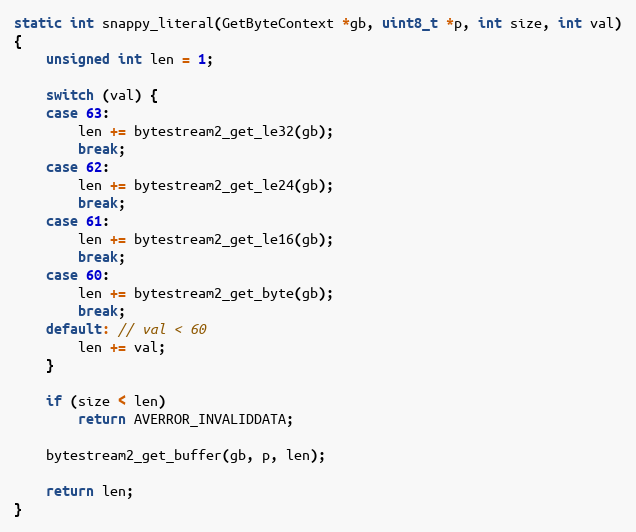
Language: C
static int snappy_literal(GetByteContext *gb, uint8_t *p, int size, int val)
{
    unsigned int len = 1;

    switch (val) {
    case 63:
        len += bytestream2_get_le32(gb);
        break;
    case 62:
        len += bytestream2_get_le24(gb);
        break;
    case 61:
        len += bytestream2_get_le16(gb);
        break;
    case 60:
        len += bytestream2_get_byte(gb);
        break;
    default: // val < 60
        len += val;
    }

    if (size < len)
        return AVERROR_INVALIDDATA;

    bytestream2_get_buffer(gb, p, len);

    return len;
}